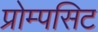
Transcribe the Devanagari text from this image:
प्रोम्पसिट